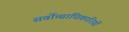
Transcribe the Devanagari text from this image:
सर्वोच्चाधिकारियों